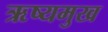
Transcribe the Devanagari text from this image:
ऋष्यमुख